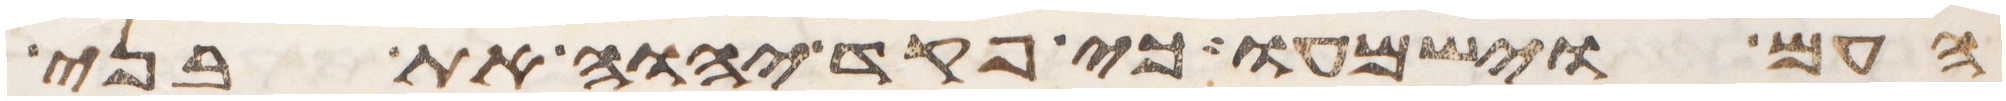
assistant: העם וישמעו כי פקד יהוה את בני